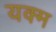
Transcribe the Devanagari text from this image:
यक्म